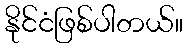
နိုင်ငံဖြစ်ပါတယ်။